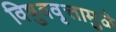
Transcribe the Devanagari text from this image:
विषुववृत्तामुळे